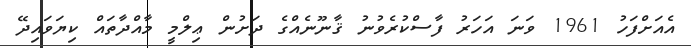
އެއަށްފަހު 1961 ވަނަ އަހަރު ފާސްކުރެވުނު ޤާނޫނެއްގެ ދަށުން ޢިލްމީ މާއްދާތައް ކިޔަވައިދޭ